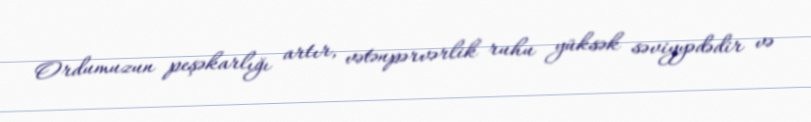
Ordumuzun peşəkarlığı artır, vətənpərvərlik ruhu yüksək səviyyədədir və